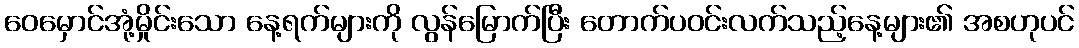
ဝေမှောင်အုံ့မှိုင်းသော နေ့ရက်များကို လွန်မြောက်ပြီး တောက်ပဝင်းလက်သည့်နေ့များ၏ အစဟုပင်